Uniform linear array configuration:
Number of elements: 12
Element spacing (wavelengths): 0.5
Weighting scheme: hamming
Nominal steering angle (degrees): -30
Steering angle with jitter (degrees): -31.139
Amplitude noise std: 0.05
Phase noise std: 0.05

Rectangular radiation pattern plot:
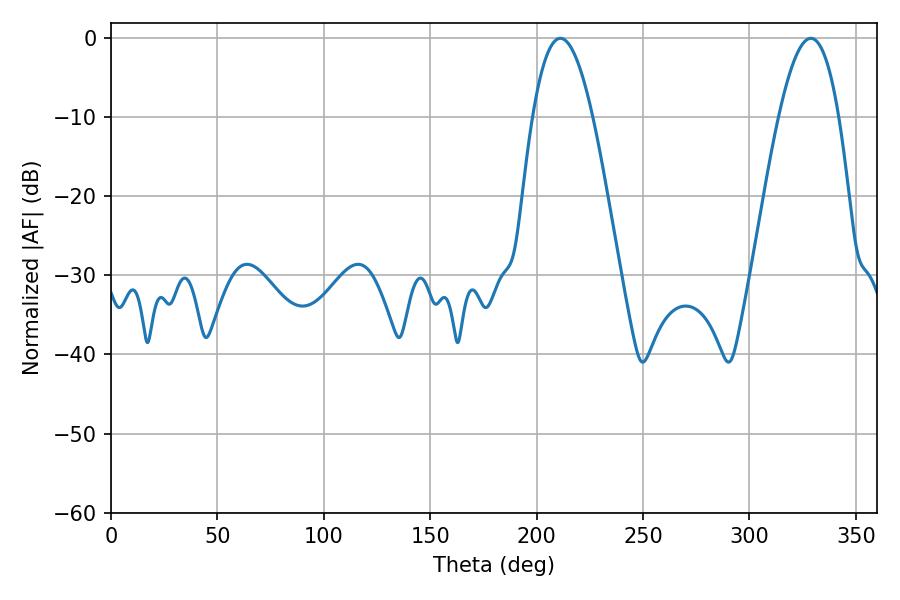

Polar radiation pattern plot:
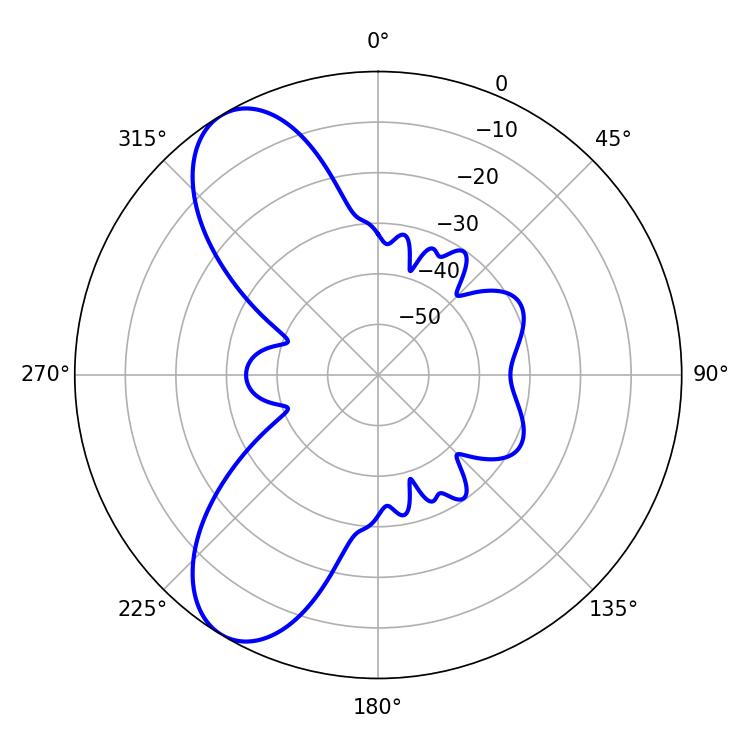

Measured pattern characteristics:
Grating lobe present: FALSE
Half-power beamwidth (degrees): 15.48
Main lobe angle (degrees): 211.14